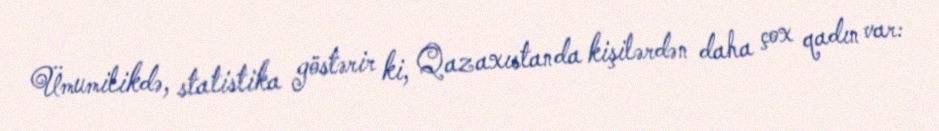
Ümumilikdə, statistika göstərir ki, Qazaxıstanda kişilərdən daha çox qadın var: